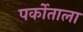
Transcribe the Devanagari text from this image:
पर्कोताला